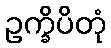
ဥက္ခိပိတုံ